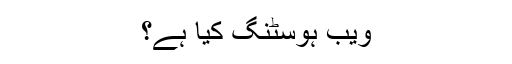
ویب ہوسٹنگ کیا ہے؟